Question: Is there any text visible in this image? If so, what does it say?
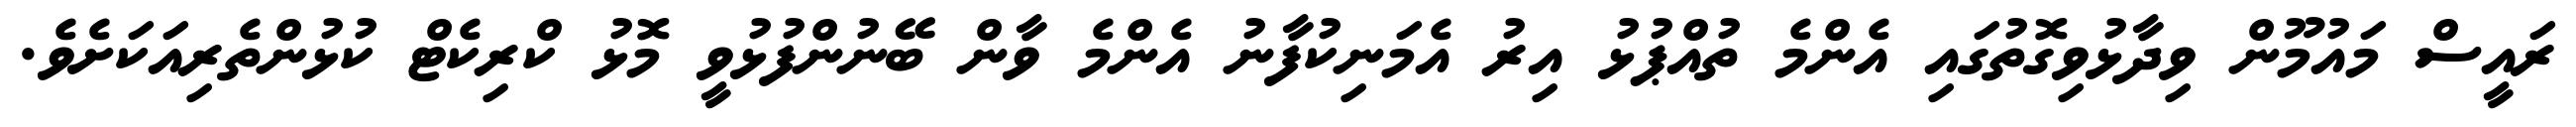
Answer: ރައީސް މައުމޫން ވިދާޅުވިގޮތުގައި އެންމެ ތުއްޕުޅު އިރު އެމަނިކުފާނު އެންމެ ވާން ބޭނުންފުޅުވީ މޮޅު ކްރިކެޓް ކުޅުންތެރިއަކަށެވެ.